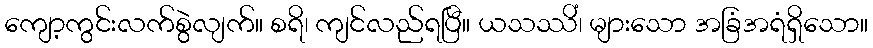
ကျော့ကွင်းလက်စွဲလျက်။ စရိ၊ ကျင်လည်ရပြီ။ ယသဿိံ၊ များသော အခြံအရံရှိသော။